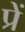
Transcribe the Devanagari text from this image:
प्रें